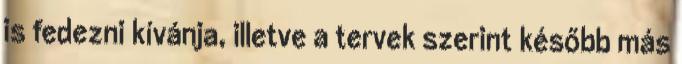
is fedezni kívánja, illetve a tervek szerint később más